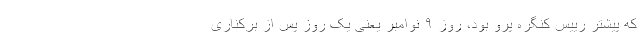
که پیشتر رییس کنگره پرو بود، روز ۹ نوامبر یعنی یک روز پس از برکناری